Annual administration report of the Civil Veterinary Department, Ajmere-Merwara, British Rajputana - 1914-1940
Year: 1914
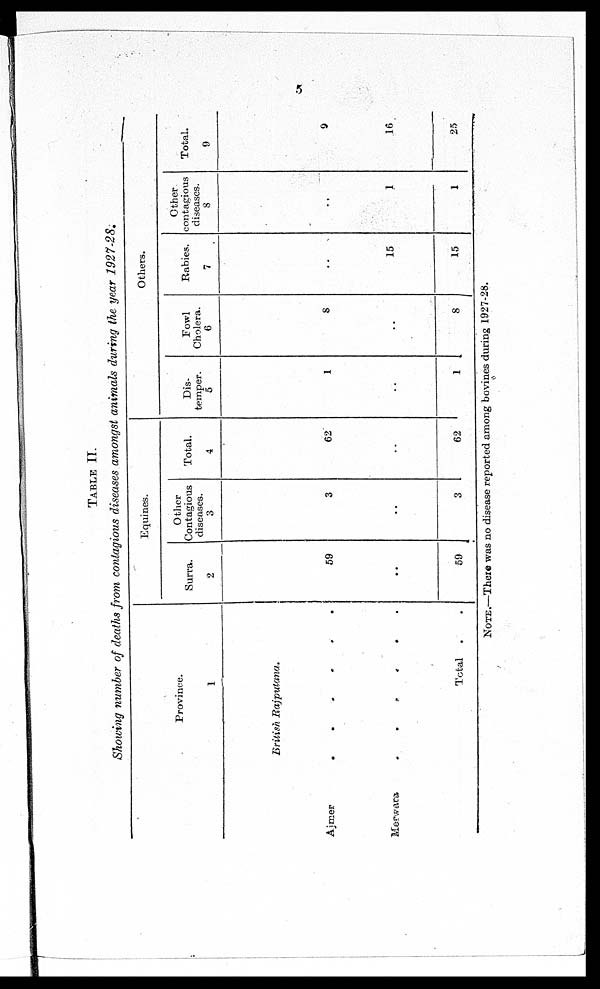
5
TABLE
II.
Showing number of deaths from contagious diseases amongst animals during the year 1927-28.
Province.
1
British
Rajputana.
Ajmer
.
.
.
.
.
.
Merwara
.
.
.
.
.
.
Total . .
Equines.
Surra.
2
59
..
59
Other
Contagious
diseases.
3
3
..
3
Total.
4
62
..
62
Others.
Dis-
temper.
5
1
..
1
Fowl
Cholera.
6
8
..
8
Rabies.
7
..
15
15
Other
contagious
diseases.
8
..
1
1
Total.
9
9
16
25
NOTE.—There was no disease reported among bovines during 1927-28.